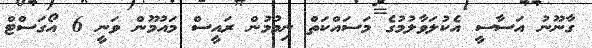
ގާނޫނު އަސާސީ އެކުލަވާލުމުގެ މަސައްކަތް ނިމުމުން ރައީސް މައުމޫން ވަނީ 6 އޯގަސްޓް